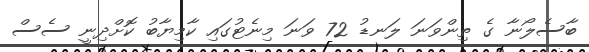
ބާސެލޯނާ ގެ ތިންވަނަ ލަނޑު 72 ވަނަ މިނެޓުގައި ކާމިޔާބު ކޮށްދިނީ ސެސް